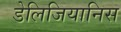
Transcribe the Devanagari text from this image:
डेलिजियानिस